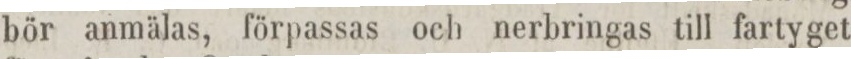
bör anmälas, förpassas och nerbringas till fartyget